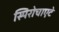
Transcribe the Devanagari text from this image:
स्पिरोचाएटे